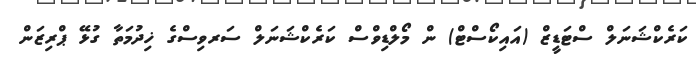
ކަރެކްޝަނަލް ސްޓަޑީޒް (އައިކޯސްޓް) ން މޯލްޑިވްސް ކަރެކްޝަނަލް ސަރވިސްގެ ޚިދުމަތާ ގުޅޭ ޕްރިޒަން